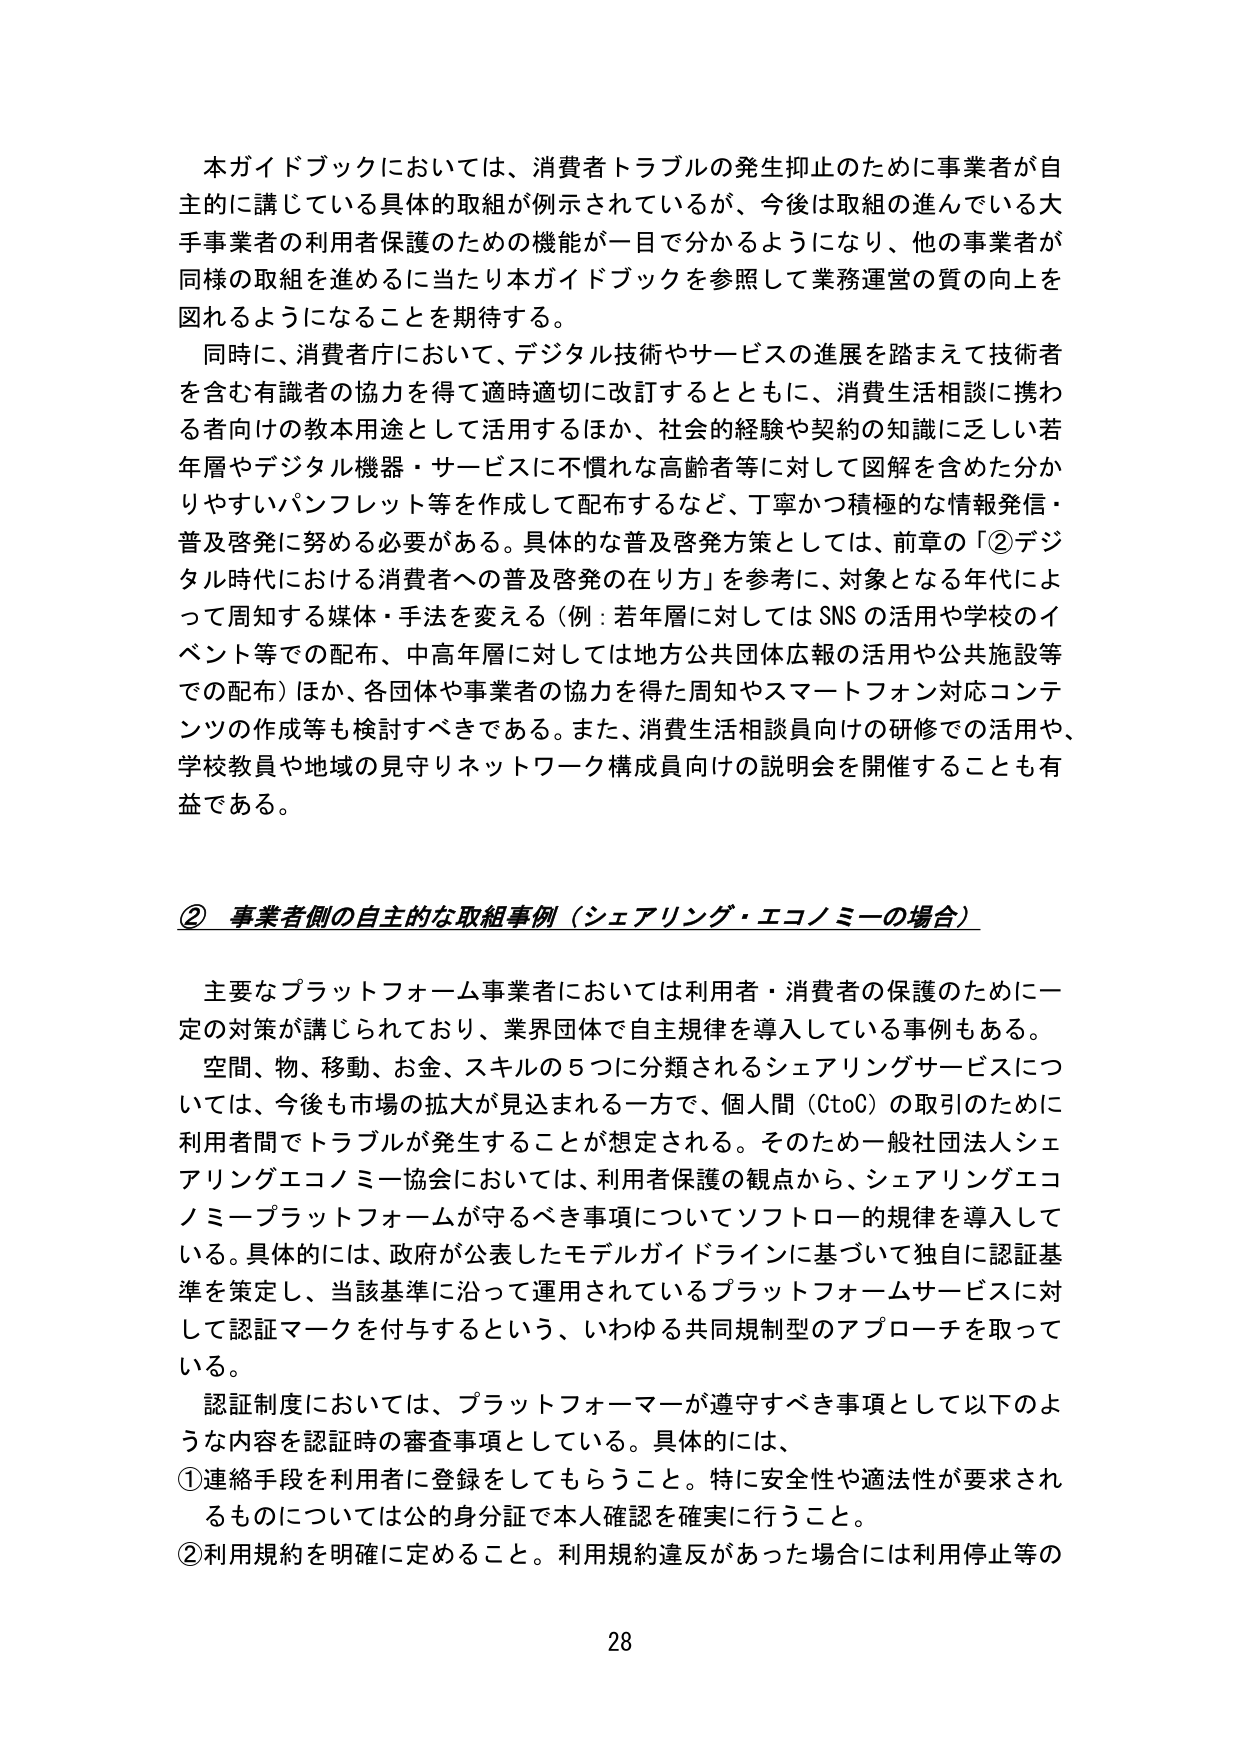
本ガイドブックにおいては、消費者トラブルの発生抑止のために事業者が自主的に講じている具体的取組が例示されているが、今後は取組の進んでいる大手事業者の利用者保護のための機能が一目で分かるようになり、他の事業者が同様の取組を進めるに当たり本ガイドブックを参照して業務運営の質の向上を図れるようになることを期待する。

同時に、消費者庁において、デジタル技術やサービスの進展を踏まえて技術者を含む有識者の協力を得て適時適切に改訂するとともに、消費生活相談に携わる者向けの教本用途として活用するほか、社会的経験や契約の知識に乏しい若年層やデジタル機器・サービスに不慣れな高齢者等に対して図解を含めた分かりやすいパンフレット等を作成して配布するなど、丁寧かつ積極的な情報発信・普及啓発に努める必要がある。具体的な普及啓発方策としては、前章の「②デジタル時代における消費者への普及啓発の在り方」を参考に、対象となる年代によって周知する媒体・手法を変える（例：若年層に対してはSNSの活用や学校のイベント等での配布、中高年層に対しては地方公共団体広報の活用や公共施設等での配布）ほか、各団体や事業者の協力を得た周知やスマートフォン対応コンテンツの作成等も検討すべきである。また、消費生活相談員向けの研修での活用や、学校教員や地域の見守りネットワーク構成員向けの説明会を開催することも有益である。

② 事業者側の自主的な取組事例（シェアリング・エコノミーの場合）

主要なプラットフォーム事業者においては利用者・消費者の保護のために一定の対策が講じられており、業界団体で自主規律を導入している事例もある。

空間、物、移動、お金、スキルの5つに分類されるシェアリングサービスについては、今後も市場の拡大が見込まれる一方で、個人間（CtoC）の取引のために利用者間でトラブルが発生することが想定される。そのため一般社団法人シェアリングエコノミー協会においては、利用者保護の観点から、シェアリングエコノミープラットフォームが守るべき事項についてソフトロー的規律を導入している。具体的には、政府が公表したモデルガイドラインに基づいて独自に認証基準を策定し、当該基準に沿って運用されているプラットフォームサービスに対して認証マークを付与するという、いわゆる共同規制型のアプローチを取っている。

認証制度においては、プラットフォーマーが遵守すべき事項として以下のような内容を認証時の審査事項としている。具体的には、

①連絡手段を利用者に登録をしてもらうこと。特に安全性や適法性が要求されるものについては公的身分証で本人確認を確実に行うこと。

②利用規約を明確に定めること。利用規約違反があった場合には利用停止等の

28